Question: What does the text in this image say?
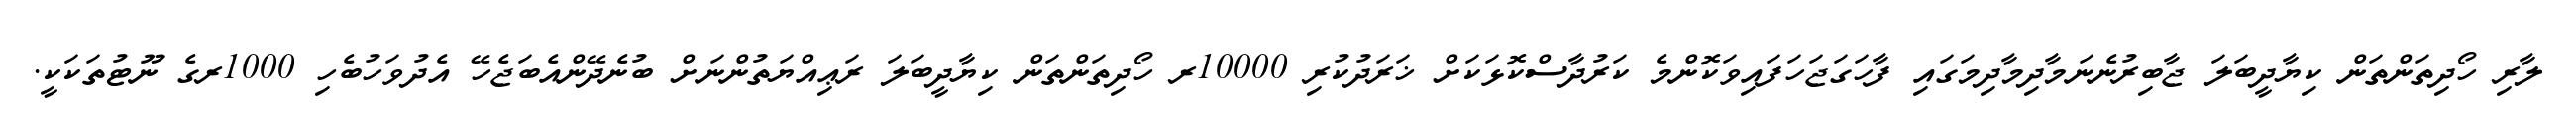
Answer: ލާރި ހޯދިތަންތަން ކިޔާދީބަލަ ޖާބިރުނެނަމާދިމާދިމަގައި ފާހަގަޖަހަފައިވަކޮންމެ ކަރުދާސްކޮޅަކަށް ޚަރަދުކުރި 10000ރ ހޯދިތަންތަން ކިޔާދީބަލަ ރަޢިއްޔަތުންނަށް ބުނެދޭންއެބަޖެހޭ އެދުވަހުބެހި 1000ރގެ ނޫޓުތަކަކީ.